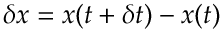
\delta \boldsymbol { x } = \boldsymbol { x } ( t + \delta t ) - \boldsymbol { x } ( t )